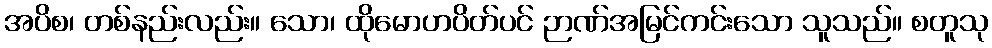
အပိစ၊ တစ်နည်းလည်း။ သော၊ ထိုမောဟပိတ်ပင် ဉာဏ်အမြင်ကင်းသော သူသည်။ စတူသု